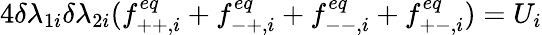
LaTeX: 4\delta\lambda_{1i}\delta\lambda_{2i}(f_{++,i}^{eq}+f_{-+,i}^{eq}+f_{--,i}^{eq}+f_{+-,i}^{eq})=U_{i}